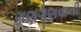
ગણગણવાની